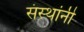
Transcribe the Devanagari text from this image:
संस्‍थांनी